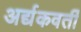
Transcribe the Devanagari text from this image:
अर्द्यकवर्ती